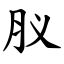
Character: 肞